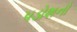
પડોશનો